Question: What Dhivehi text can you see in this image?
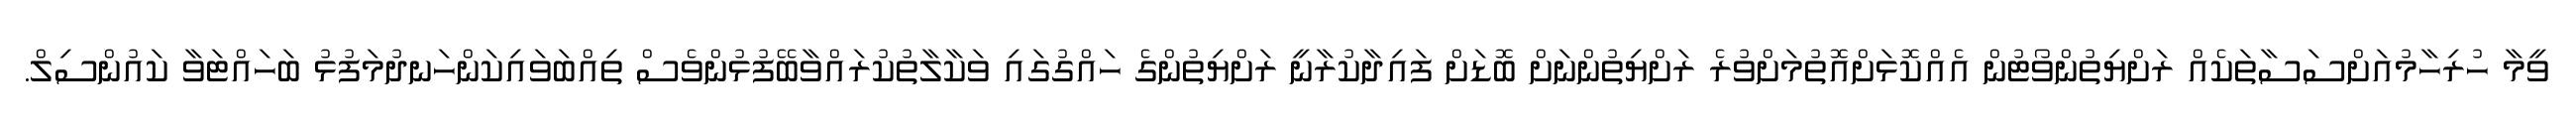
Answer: ވީމާ ހުރިހާމުއަށްސަސާތަކެއް ރަށްޔިތުންވޯޓުން އެއްކޮޅަށްއޮތުމަށްވުރެ ރަށްޔިތުންނަށް ބޮޑަށް ފައިދާކުރާނީ ރަށްޔިތުންގެ ހައްގުގައި ވަކާލާތުކުރައްވާބޭފުޅުންވެސް ތިއްބަވައިކަންހަނދުމަފުޅު ބަހައްޓަވާ ކައުންސިލް.